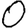
Digit: 0